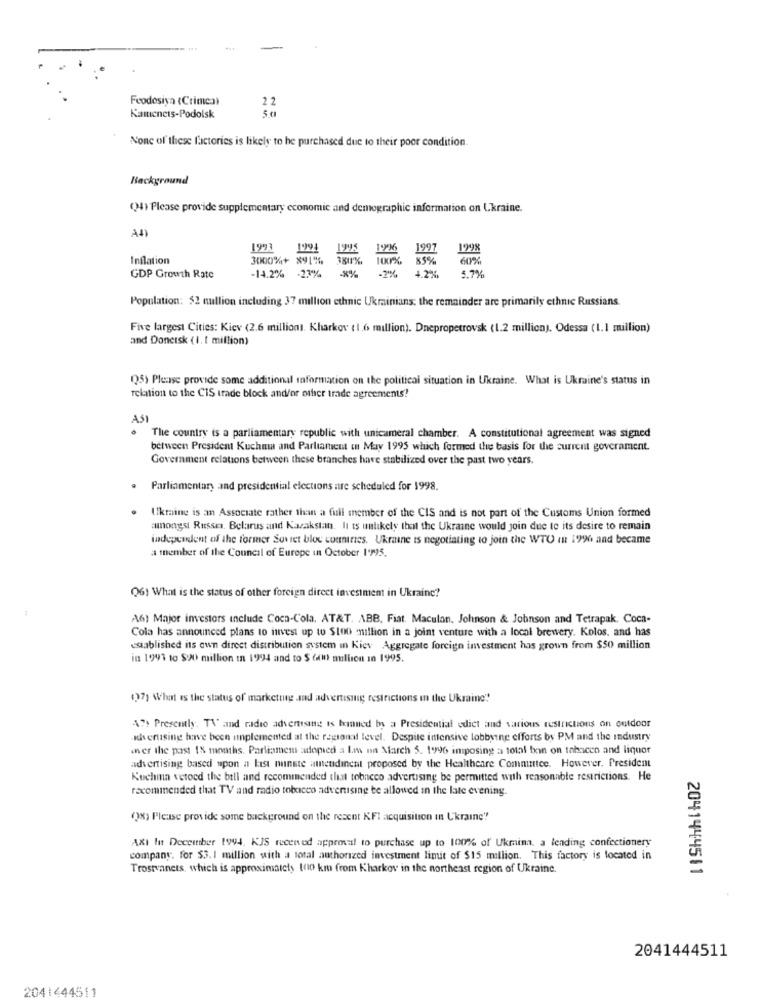
Feodosiya (Crimea)
Kamenets-Podolsk
50
Nonc of these factories is likely to be purchased due to their poor condition.
Background
(4) Please provide supplementary economic and demographic information on Ukraine.
AD
199
1994
1995
1997
1998
Inflation
3000%+ 891%
-14.2% -23%
4.2%.
85%
60%
5.7%
GDP Growth Rate
Population: $2 nullion including 37 million ethnic Ukrainians; the remainder are primarily ethnic Russians.
Five largest Cities: Kiev (2.6 million. Kharkov (1.6 million). Dnepropetrovsk (1.2 million). Odessa (1.1 million)
and Donetsk (1. 1 million)
(5) Please provide some additional information on the political situation in Ukraine. What is Ukraine's status in
relation to the CIS trade block and/or other trade agreements!
ASI
The country is a parliamentary republic with unicameral chamber. A constitutional agreement was signed
between President Kuchma and Parliament in May 1995 which formed the basis for the current government.
Government relations between these branches have stabilized over the past two years.
.
Parliamentary and presidential elections are scheduled for 1998.
Ukraine is an Associate rather than a full member of the CIS and is not part of the Customs Union formed
amongst Russes. Belarus and Kazakstan. It is unlikely that the Ukraine would join due to its desire to remain
independent of the former Soviet bloc countries. Ukraine is negotiating to join the WTO In 1996 and became
a member of the Council of Europe in October 1'>95.
Q6) What is the status of other foreign direct investment in Ukraine?
A6) Major investors include Coca-Cola, AT&T. ABB. Fiat. Maculan. Johnson & Johnson and Tetrapak. Coca-
Cola has announced plans to invest up to $too million in a joint venture with a local brewery. Kolos. and has
established its own direct distribution system in Kiev Aggregate foreign investment has grown from $50 million
in 1991 to $90 million in 1994 and to $ 600 million in 1995.
(27) What is the status of marketing and advertising restrictions in the Ukraine"
A"> Presently. TV and radio advertising is hanned by a Presidential edict and various restrictions on outdoor
sherusing have been implemented at the regionat level. Despite intensive lobbying efforts by PM and the industry
aner the past 1% months. Parliamem adopied a Im na March 5. 1996 imposing a total bon on tohacen and liquor
advertising based upon a List nunste amendincnt proposed by the Healthcare Committee. However. President
Kuchma vetoed the bill and recommended that tobacco advertising be permitted with reasonable restrictions. He
recommended that TV and radio tobacco advertising be allowed in the late evening.
()%) Please provide some background on the recent KFI acquisition in Ukraine"
AXI In December 1994. KJS recened approval to purchase up to 100% of Ukmima, a leading confectionery
company. for $3.1 million with a total authorized investment limit of $15 million. This factory is located in
Trostvanets, which is approximately 100 km from Kharkov in the northeast region of Ukraine.
2041444511
2041444511
2041444511